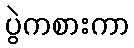
ပွဲကစားကာ